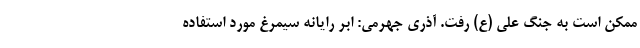
ممکن است به جنگ علی (ع) رفت. آذری جهرمی: ابر رایانه سیمرغ مورد استفاده